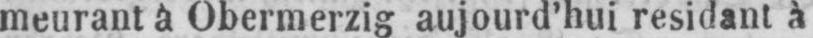
meurant à Obermerzig aujourd’hui residant à